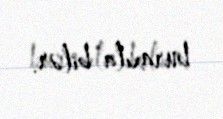
buraxıla bilər.